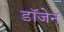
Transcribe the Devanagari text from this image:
डॉजेन